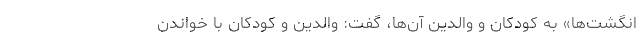
انگشت‌ها» به کودکان و والدین آن‌ها، گفت: والدین و کودکان با خواندن